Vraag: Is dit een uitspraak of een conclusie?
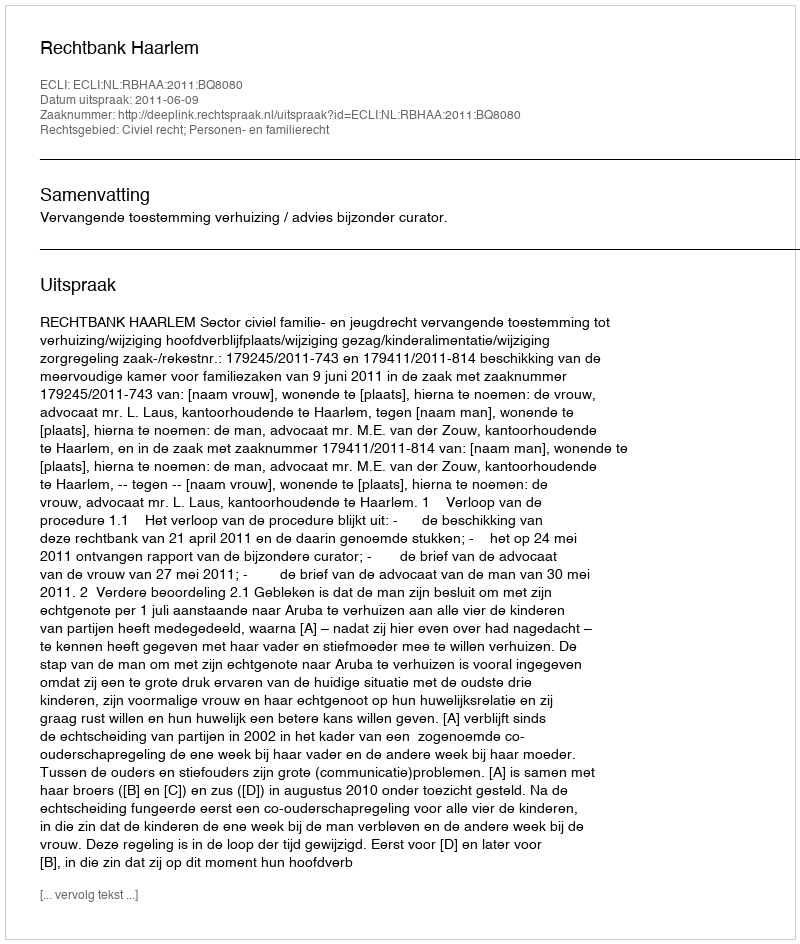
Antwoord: Uitspraak